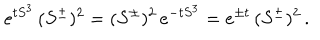
LaTeX: e ^ { t S ^ { 3 } } \, ( S ^ { \pm } ) ^ { 2 } = ( S ^ { \pm } ) ^ { 2 } \, e ^ { - t S ^ { 3 } } = e ^ { \pm t } \, ( S ^ { \pm } ) ^ { 2 } \, .